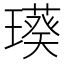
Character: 𤩸